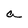
Character: a